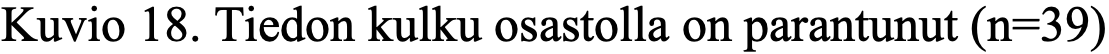
Kuvio 18. Tiedon kulku osastolla on parantunut (n=39)